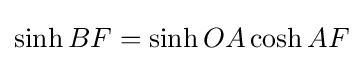
\sinh BF=\sinh OA\cosh AF